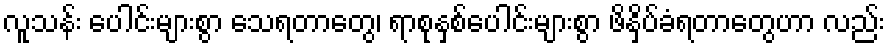
လူသန်း ပေါင်းများစွာ သေရတာတွေ၊ ရာစုနှစ်ပေါင်းများစွာ ဖိနှိပ်ခံရတာတွေဟာ လည်း